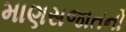
માણસજાતનો